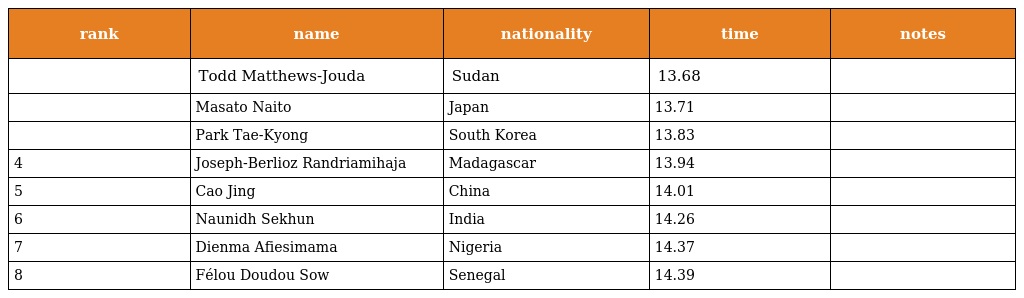
| rank | name | nationality | time | notes |
 | --- | --- | --- | --- | --- |
 |  | Todd Matthews-Jouda | Sudan | 13.68 |  |
 |  | Masato Naito | Japan | 13.71 |  |
 |  | Park Tae-Kyong | South Korea | 13.83 |  |
 | 4 | Joseph-Berlioz Randriamihaja | Madagascar | 13.94 |  |
 | 5 | Cao Jing | China | 14.01 |  |
 | 6 | Naunidh Sekhun | India | 14.26 |  |
 | 7 | Dienma Afiesimama | Nigeria | 14.37 |  |
 | 8 | Félou Doudou Sow | Senegal | 14.39 |  |